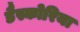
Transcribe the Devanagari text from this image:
डैस्कोरिया